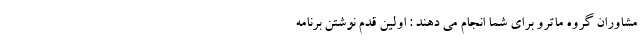
مشاوران گروه ماترو برای شما انجام می دهند : اولین قدم نوشتن برنامه